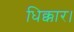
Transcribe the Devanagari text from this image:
धिक्कार।